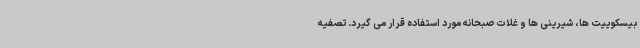
بیسکوییت ها، شیرینی ها و غلات صبحانه مورد استفاده قرار می گیرد. تصفیه